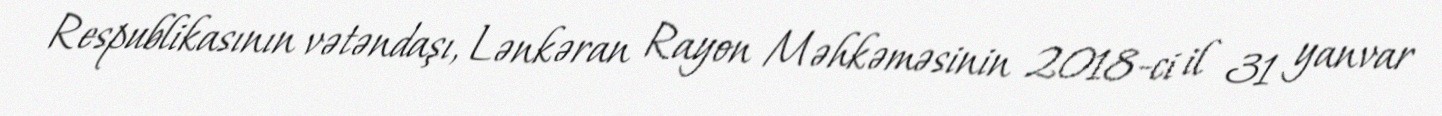
Respublikasının vətəndaşı, Lənkəran Rayon Məhkəməsinin 2018-ci il 31 yanvar